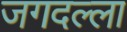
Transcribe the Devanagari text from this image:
जगदल्ला